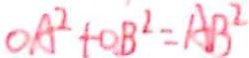
O A ^ { 2 } + O B ^ { 2 } = A B ^ { 2 }